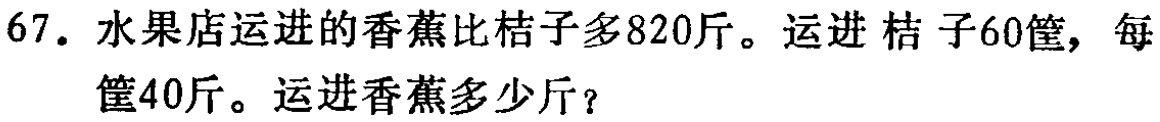
67. 水果店运进的香蕉比桔子多820斤。运进桔子60筐，每

筐40斤。运进香蕉多少斤？